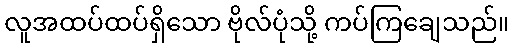
လူအထပ်ထပ်ရှိသော ဗိုလ်ပုံသို့ ကပ်ကြချေသည်။